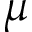
\mu